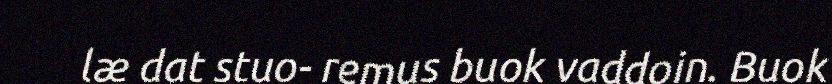
læ dat stuo- remus buok vaddoin. Buok